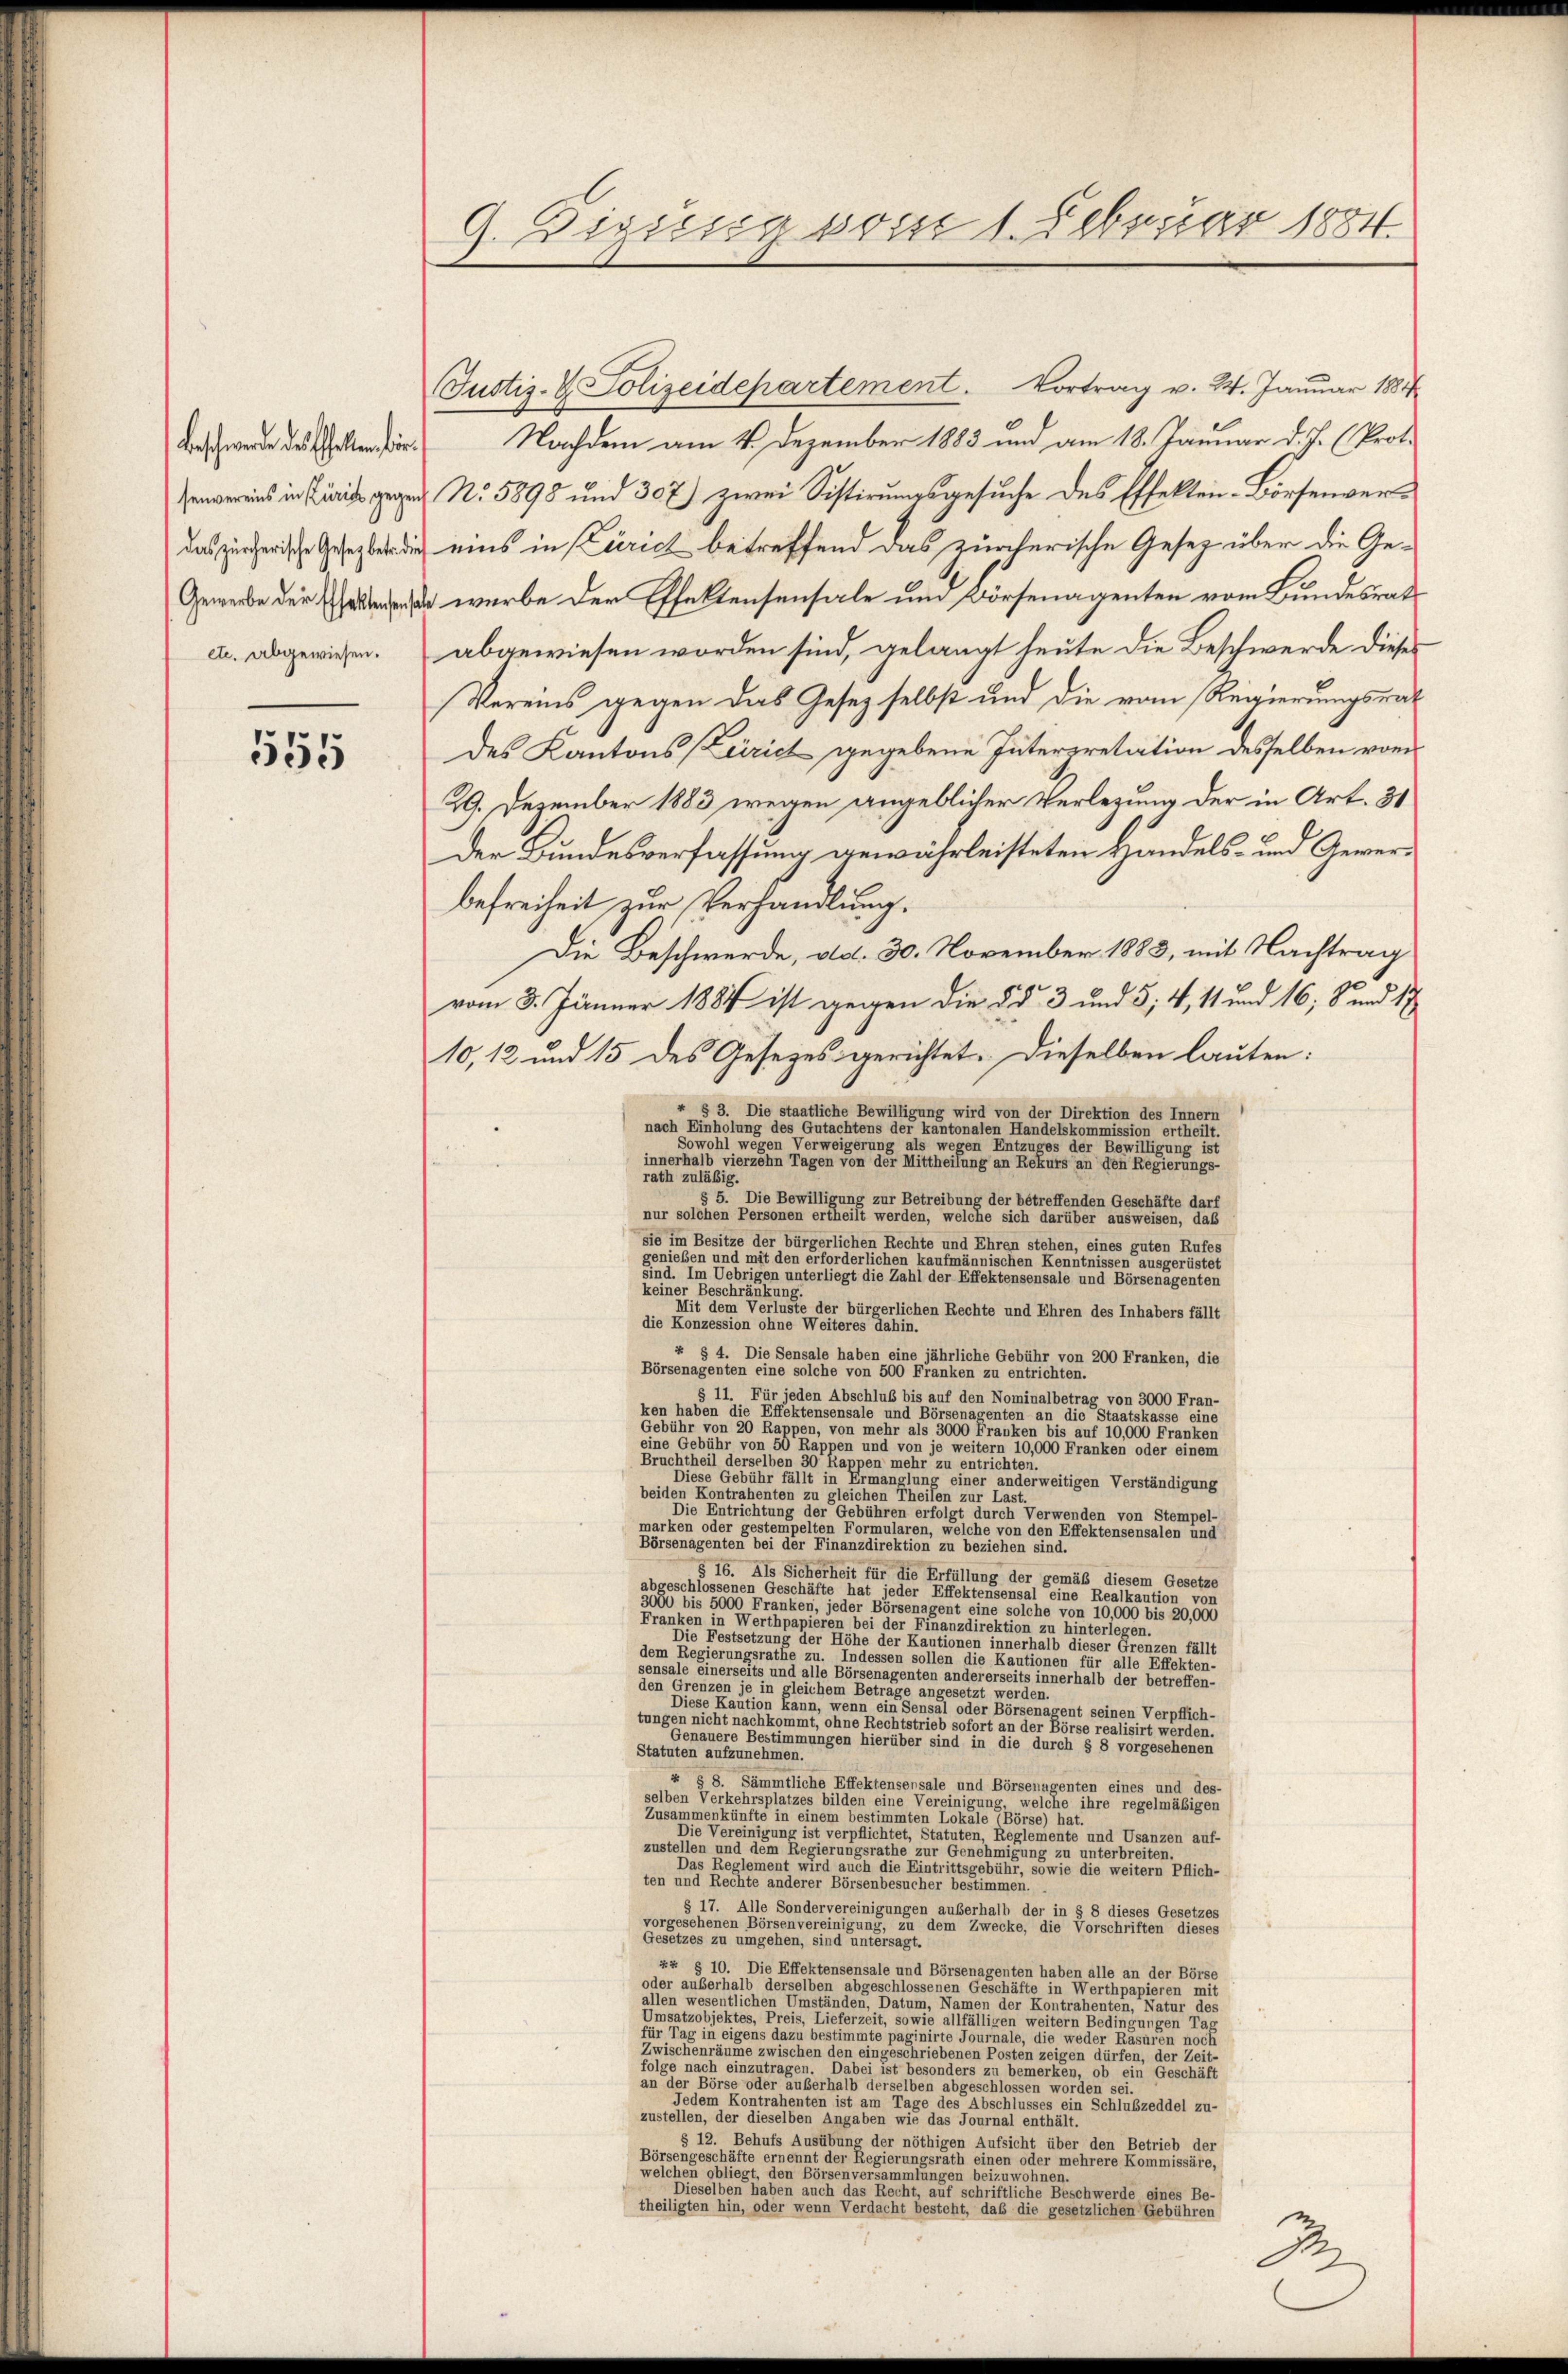
Beschwerde des Erhalten, die
senvereins in Zürich gege
das zürcherische Gesetz betr. d
etc. abgewiesen.

555

9. Dirung vom 1. Februar 1884.

Justiz- & Polizeidepartement. Vortrag v. 24. Januar 1881
 Nachdem am 4. Dezember 1883 und am 18. Januar d. J. (Prot.
ad No. 5898 und 307) zwei Sistirungsgesuche des Effekten-Börtenverin eins in Zürich betreffend das zürcherische Gesetz über die Ge¬
Gewerbe der Ehe wurde der Effektentensale und Börtenagenten vom Bundesrat
abgewiesen worden sind, gelangt heute die Beschwerde dieses
Vereins gegen das Gesetz selbst und die vom Regierungsrat
des Kantons Zürich gegebene Interpretation desselben von
29. Dezember 1883 wegen angeblicher Verlegung der in Art. 31
Der Bundesverfassung gewährleisteten Handels- um Gewerbefreiheit zur Verhandlung.
Die Beschwerde, dd. 30. November 1883, mit Nachtrag
vom 3. Jänner 1884 ist gegen die §§ 3 und 5; 4, 11 und 16; S. und 17
10, 12 um 15 des Gesezes gerichtet. Dieselben lauten:
4 § 3. Die staatliche Bewilligung wird von der Direktion des Innern
nach Einholung des Gutachtens der kantonalen Handelskommission ertheilt.
Sowohl wegen Verweigerung als wegen Entzuges der Bewilligung ist
innerhalb vierzehn Tagen von der Mittheilung an Rekurs an den Regierungs-
rath zuläßig.
5. Die Bewilligung zur Betreibung der betreffenden Geschäfte darf
nur solchen Personen ertheilt werden, welche sich darüber ausweisen, daß
sie im Besitze der bürgerlichen Rechte und Ehren stehen, eines guten Rufes
genießen und mit den erforderlichen kaufmännischen Kenntnissen ausgerüstet
sind. Im Uebrigen unterliegt die Zahl der Effektensensale und Börsenagenten
keiner Beschränkung
Mit dem Verluste der bürgerlichen Rechte und Ehren des Inhabers fällt
die Konzession ohne Weiteres dahin.
x § 4. Die Sensale haben eine jährliche Gebühr von 200 Franken, die
Börsenagenten eine solche von 500 Franken zu entrichten.
§ 11. Für jeden Abschluß bis auf den Nominalbetrag von 3000 Fran-
ken haben die Effektensensale und Börsenagenten an die Staatskasse eine
Gebühr von 20 Rappen, von mehr als 3000 Franken bis auf 10,000 Franken
eine Gebühr von 50 Rappen und von je weitern 10,000 Franken oder einem
Bruchtheil derselben 30 Rappen mehr zu entrichten.
Diese Gebühr fällt in Ermanglung einer anderweitigen Verständigung
beiden Kontrahenten zu gleichen Theilen zur Last.
Die Entrichtung der Gebühren erfolgt durch Verwenden von Stempel-
marken oder gestempelten Formulären, welche von den Effektensensalen und
Börsenagenten bei der Finanzdirektion zu beziehen sind.
§ 16. Als Sicherheit für die Erfüllung der gemäß diesem Gesetze
abgeschlossenen Geschäfte hat jeder Effektensensal eine Realkaution von
3000 bis 5000 Franken, jeder Börsenagent eine solche von 10,000 bis 20,000
Franken in Werthpapieren bei der Finanzdirektion zu hinterlegen.
Die Festsetzung der Höhe der Kautionen innerhalb dieser Grenzen fällt
dem Regierungsrathe zu. Indessen sollen die Kautionen für alle Effekten-
sensale einerseits und alle Börsenagenten andererseits innerhalb der betreffen-
den Grenzen je in gleichem Beträge angesetzt werden.
Diese Kaution kann, wenn ein Sensal oder Börsenärent seinen Verpflich-
tungen nicht nachkommt, ohne Rechtstrieb sofort an der Börse realisirt werden.
Genauere Bestimmungen hierüber sind in die durch § 8 vorgesehenen
Statuten aufzunehmen
§ 8. Sämmtliche Effektensensale und Börsenagenten eines und des-
selben Verkehrsplatzes bilden eine Vereinigung, welche ihre regelmäßigen
Zusammenkünfte in einem bestimmten Lokale (Börse) hat.
Die Vereinigung ist verpflichtet, Statuten, Reglemente und Usanzen auf-
zustellen und dem Regierungsrathe zur Genehmigung zu unterbreiten
Das Reglement wird auch die Eintrittsgebühr, sowie die weitern Pflich-
ten und Rechte anderer Börsenbesucher bestimmen.
§ 17. Alle Sondervereinigungen außerhalb der in § 8 dieses Gesetzes
vorgesehenen Börsenvereinigung, zu dem Zwecke, die Vorschriften dieses
Gesetzes zu umgehen, sind untersagt.
x4 § 10. Die Effektensensale und Börsenagenten haben alle an der Börse
oder außerhalb derselben abgeschlossenen Geschäfte in Werthpapieren mit
allen wesentlichen Umständen, Datum, Namen der Kontrahenten, Natur des
Umsatzobjektes, Preis, Lieferzeit, sowie allfälligen weitern Bedingungen Tag
für Tag in eigens dazu bestimmte paginirte Journale, die weder Rasuren noch
Zwischenräume zwischen den eingeschriebenen Posten zeigen dürfen, der Zeit-
folge nach einzutragen. Dabei ist besonders zu bemerken, ob ein Geschäft
an der Börse oder außerhalb derselben abgeschlossen worden sei.
Jedem Kontrahenten ist am Tage des Abschlusses ein Schlußzeddel zu-
zustellen, der dieselben Angaben wie das Journal enthalt
§ 12. Behufs Ausübung der nöthigen Aufsicht über den Betrieb der
Börsengeschäfte ernennt der Regierungsräth einen oder mehrere Kommissäre,
welchen obliegt, den Börsenversammlungen beizuwohnen.
Dieselben haben auch das Recht, auf schriftliche Beschwerde eines Be-
theiligten hin, oder wenn Verdacht besteht, daß die gesetzlichen Gebühren
J.